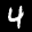
Label: 4